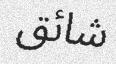
شائق